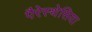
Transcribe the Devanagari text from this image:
पैरेस्थेसिया